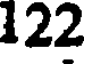
122